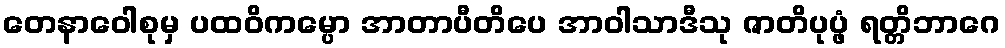
တေနာဝေါစုမှ ပထဝိကမ္ပော အာတာပီတိပေ အာဝါသာဒီသု ဇာတိပုပ္ဖံ ရတ္တိဘာဂေ